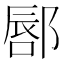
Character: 𫑥